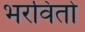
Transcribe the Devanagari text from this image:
भरवितो